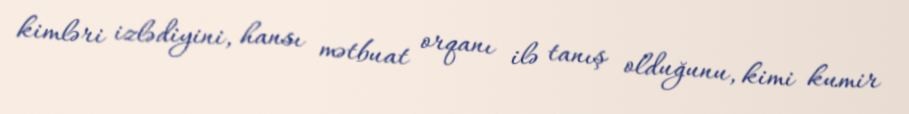
kimləri izlədiyini, hansı mətbuat orqanı ilə tanış olduğunu, kimi kumir